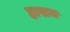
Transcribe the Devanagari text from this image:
हासम